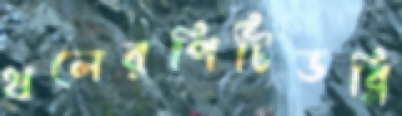
থলেরপিটিডব্লি